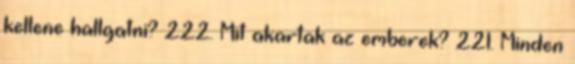
kellene hallgatni? 222. Mit akartak az emberek? 221. Minden